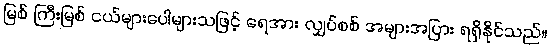
မြစ် ကြီးမြစ် ငယ်များပေါများသဖြင့် ရေအား လျှပ်စစ် အများအပြား ရရှိနိုင်သည်။